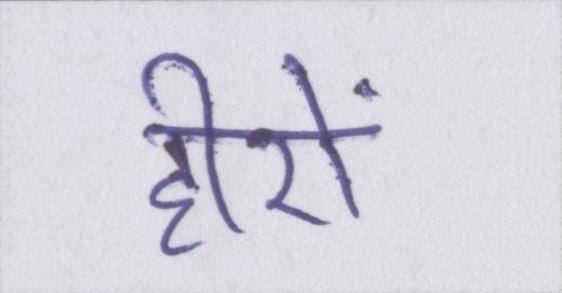
हीरों